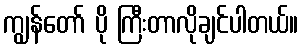
ကျွန်တော် ပို ကြီးတာလိုချင်ပါတယ်။